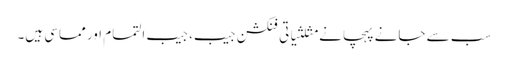
سب سے جانے پہچانے مثلثیاتی فنکشن جیب، جیب التمام اور مماسی ہیں۔